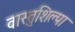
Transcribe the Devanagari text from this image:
वास्तुशिल्पा